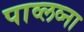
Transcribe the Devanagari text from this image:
पाव्लव्ना